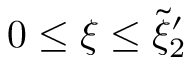
0 \le \xi \le \tilde { \xi } _ { 2 } ^ { \prime }